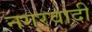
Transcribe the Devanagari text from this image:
नगरवादी